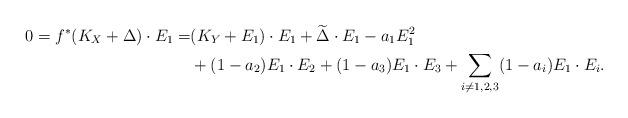
LaTeX: \begin{align*}0 = f^* (K_X + \Delta) \cdot E_1= &(K_Y + E_1) \cdot E_1 + \widetilde{\Delta} \cdot E_1 - a_1 E_1 ^2 \\ &+ (1 - a_2) E_1 \cdot E_2 + (1 - a_3) E_1 \cdot E_3 + \sum _{i \not = 1, 2, 3} (1- a_i) E_1 \cdot E_i. \end{align*}